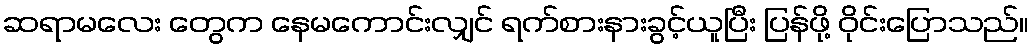
ဆရာမလေး တွေက နေမကောင်းလျှင် ရက်စားနားခွင့်ယူပြီး ပြန်ဖို့ ဝိုင်းပြောသည်။